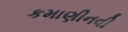
કમાણીનવી